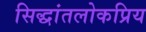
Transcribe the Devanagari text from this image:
सिद्धांतलोकप्रिय